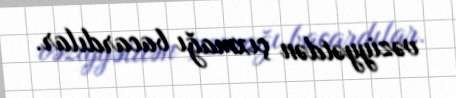
vəziyyətdən çıxmağı bacardılar.